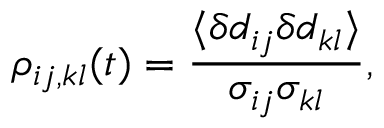
\rho _ { i j , k l } ( t ) = \frac { \langle \delta d _ { i j } \delta d _ { k l } \rangle } { \sigma _ { i j } \sigma _ { k l } } ,